Supplement to the account of plague administration in the Bombay Presidency from September 1896 till May 1897
Year: 1896
Disease focus: Plague
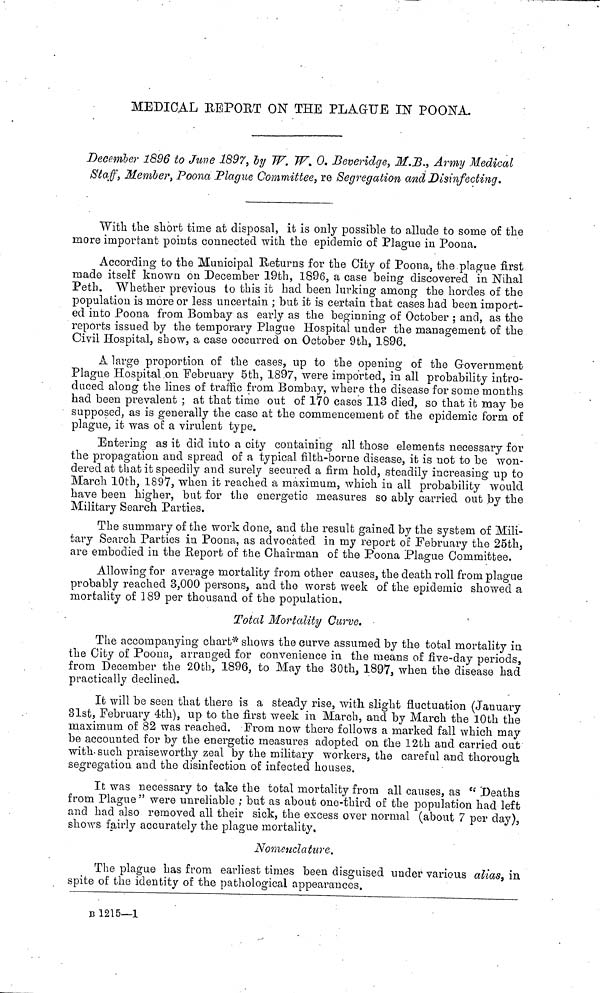
MEDICAL REPORT ON THE PLAGUE IN POONA.
December 1896 to June 1897, by W. W. 0. Beveridge, M.B., Army Medical
Staff, Member, Poona Plague Committee, re Segregation and Disinfecting.
With the short time at disposal, it is only possible to allude to some of the
inore important points connected with the epidemic of Plague in Poona.
According to the Municipal Returns for the City of Poona, the plague first
made itself known on December 19th, 1896, a case being discovered in Nihal
Peth. Whether previous to this it had been lurking among the hordes of the
population is more or less uncertain ; but it is certain that cases had been import-
ed into Poona from Bombay as early as the beginning of October ; and, as the
reports issued by the temporary Plague Hospital under the management of the
Civil Hospital, show, a case occurred on October 9th, 1896.
A large proportion of the cases, up to the opening of the Government
Plague Hospital on February 5th, 1897, were imported, in all probability intro-
duced along the lines of traffic from Bombay, where the disease for some months
had been prevalent ; at that time out of 170 cases 113 died, so that it may be
supposed, as is generally the case at the commencement of the epidemic form of
plague, it was of a virulent type.
Entering as it did into a city containing all those elements necessary for
the propagation and spread of a typical filth-borne disease, it is not to be won-
dered at that it speedily and surely secured a firm hold, steadily increasing up to
March 10th, 1897, when it reached a maximum, which in all probability would
have been higher, but for the energetic measures so ably carried out by the
Military Search Parties.
The summary of the work done, and the result gained by the system of Mili-
tary Search Parties in Poona, as advocated in my report of February the 25th,
are embodied in the Report of the Chairman of the Poona Plague Committee.
Allowing for average mortality from other causes, the death roll from plague
probably reached 3,000 persons, and the worst week of the epidemic showed a
mortality of 189 per thousand of the population.
Total Mortality Curve.
The accompanying chart* shows the curve assumed by the total mortality in
the City of Poona, arranged for convenience in the means of five-day periods,
from December the 20th, 1896, to May the 30th, 1897, when the disease had
practically declined.
It will be seen that there is a steady rise, with slight fluctuation (January
31st, February 4th), up to the first week in March, and by March the 10th the
maximum of 82 was reached. From now there follows a marked fall which may
be accounted for by the energetic measures adopted on the 12th and carried out
with such praiseworthy zeal by the military workers, the careful and thorough
segregation and the disinfection of infected houses.
It was necessary to take the total mortality from all causes, as " Deaths
from Plague " were unreliable ; but as about one-third of the population had left
and had also removed all their sick, the excess over normal (about 7 per day),
shows fairly accurately the plague mortality,
Nomenclature.
The plague has from earliest times been disguised under various alias, in
spite of the identity of the pathological appearances.
Β 1215—1